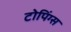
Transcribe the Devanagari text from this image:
टोपिंग्स